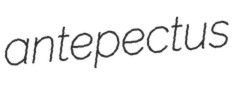
antepectus